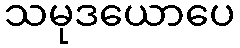
သမုဒယောပေ